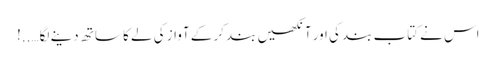
اس نے کتاب بند کی اور آنکھیں بند کر کے آواز کی لے کا ساتھ دینے لگا…..!